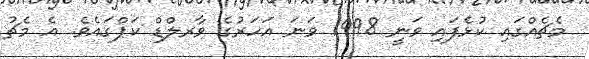
މެޗެއްގައި ކުޅެފައި ވަނީ 1998 ވަނަ އަހަރުގެ ވާރލްޑް ކަޕްގައެވެ. އެ މެޗު